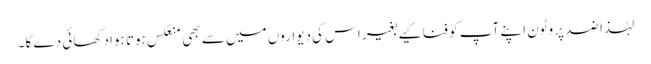
لہٰذا ضد پروٹون اپنے آپ کو فنا کیے بغیر اس کی دیواروں میں سے بھی منعکس ہوتا ہوا دکھائی دے گا۔